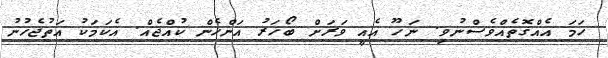
ހަމަ އެއްގޮތެއްވެސްނުވި. ނަހޫ އެއީ ވަރަށް ބޯހަރު އަންހެން ކުއްޖެއް. އެކަމަކު އަތުޖެހުނު